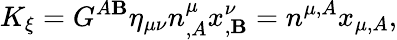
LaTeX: K_{\xi}=G^{A\mathbf{B}}\eta_{\mu\nu}n_{,A}^{\mu}x_{,\mathbf{B}}^{\nu}=n^{\mu,A}x_{\mu,A},